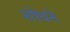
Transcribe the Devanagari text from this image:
शोधने